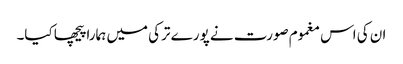
ان کی اس مغموم صورت نے پورے ترکی میں ہمارا پیچھا کیا۔